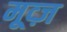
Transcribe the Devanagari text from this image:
मूव्ज़